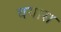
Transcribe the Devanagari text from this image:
वयास